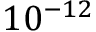
1 0 ^ { - 1 2 }